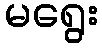
မရွေး